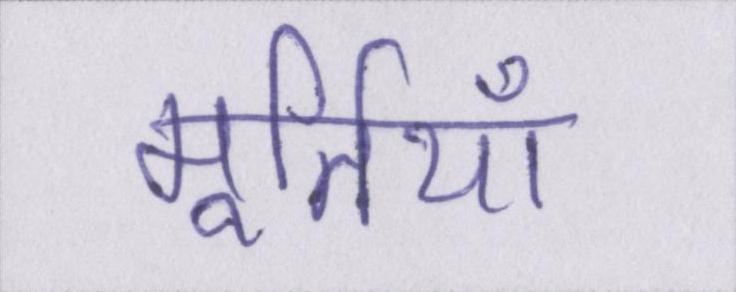
मूर्तियाँ